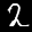
Digit: 2